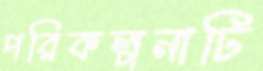
পরিকল্পনাটি